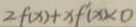
2 f ^ { \prime } ( x ) + x f ^ { \prime } ( x ) < 0